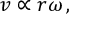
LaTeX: v \propto \! \, r \omega \, ,